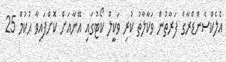
އެލެކްސެންޑްރާގެ ފަރާތުން ވަކާލާތު ކުރި ވަކީލް ކޯޓުގައި އޭނާއަށް ކޮށްފައިވާ ޙުކުމް 25